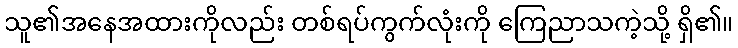
သူ၏အနေအထားကိုလည်း တစ်ရပ်ကွက်လုံးကို ကြေညာသကဲ့သို့ ရှိ၏။